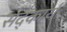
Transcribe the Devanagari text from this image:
सद्कार्य